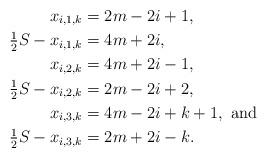
LaTeX: \begin{align*}x_{i,1,k} &= 2m-2i+1, \\\tfrac{1}{2} S -x_{i,1,k} &= 4m+2i, \\x_{i,2,k} &= 4m+2i-1, \\\tfrac{1}{2} S - x_{i,2,k} &= 2m-2i+2, \\x_{i,3,k} &= 4m-2i+k+1, \mbox{ and } \\\tfrac{1}{2} S - x_{i,3,k} &= 2m+2i-k. \end{align*}